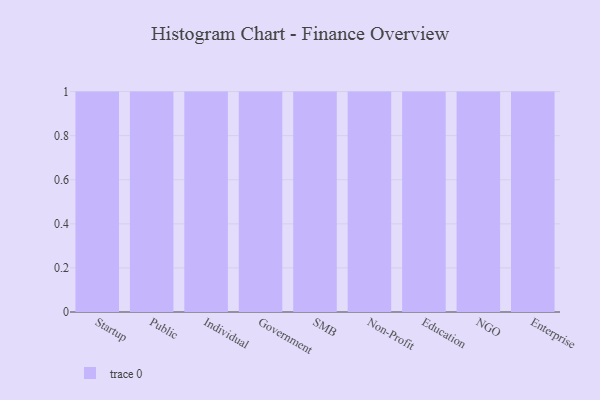
{"axis": {"x": "Segment", "y": "Waste Production (Tons)"}, "legend": [""], "data": [{"x": "Startup", "y": 6, "type": ""}, {"x": "Public", "y": 87, "type": ""}, {"x": "Individual", "y": 39, "type": ""}, {"x": "Government", "y": 35, "type": ""}, {"x": "SMB", "y": 10, "type": ""}, {"x": "Non-Profit", "y": 71, "type": ""}, {"x": "Education", "y": 18, "type": ""}, {"x": "NGO", "y": 66, "type": ""}, {"x": "Enterprise", "y": 100, "type": ""}]}